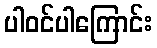
ပါဝင်ပါကြောင်း